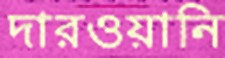
দারওয়ানি